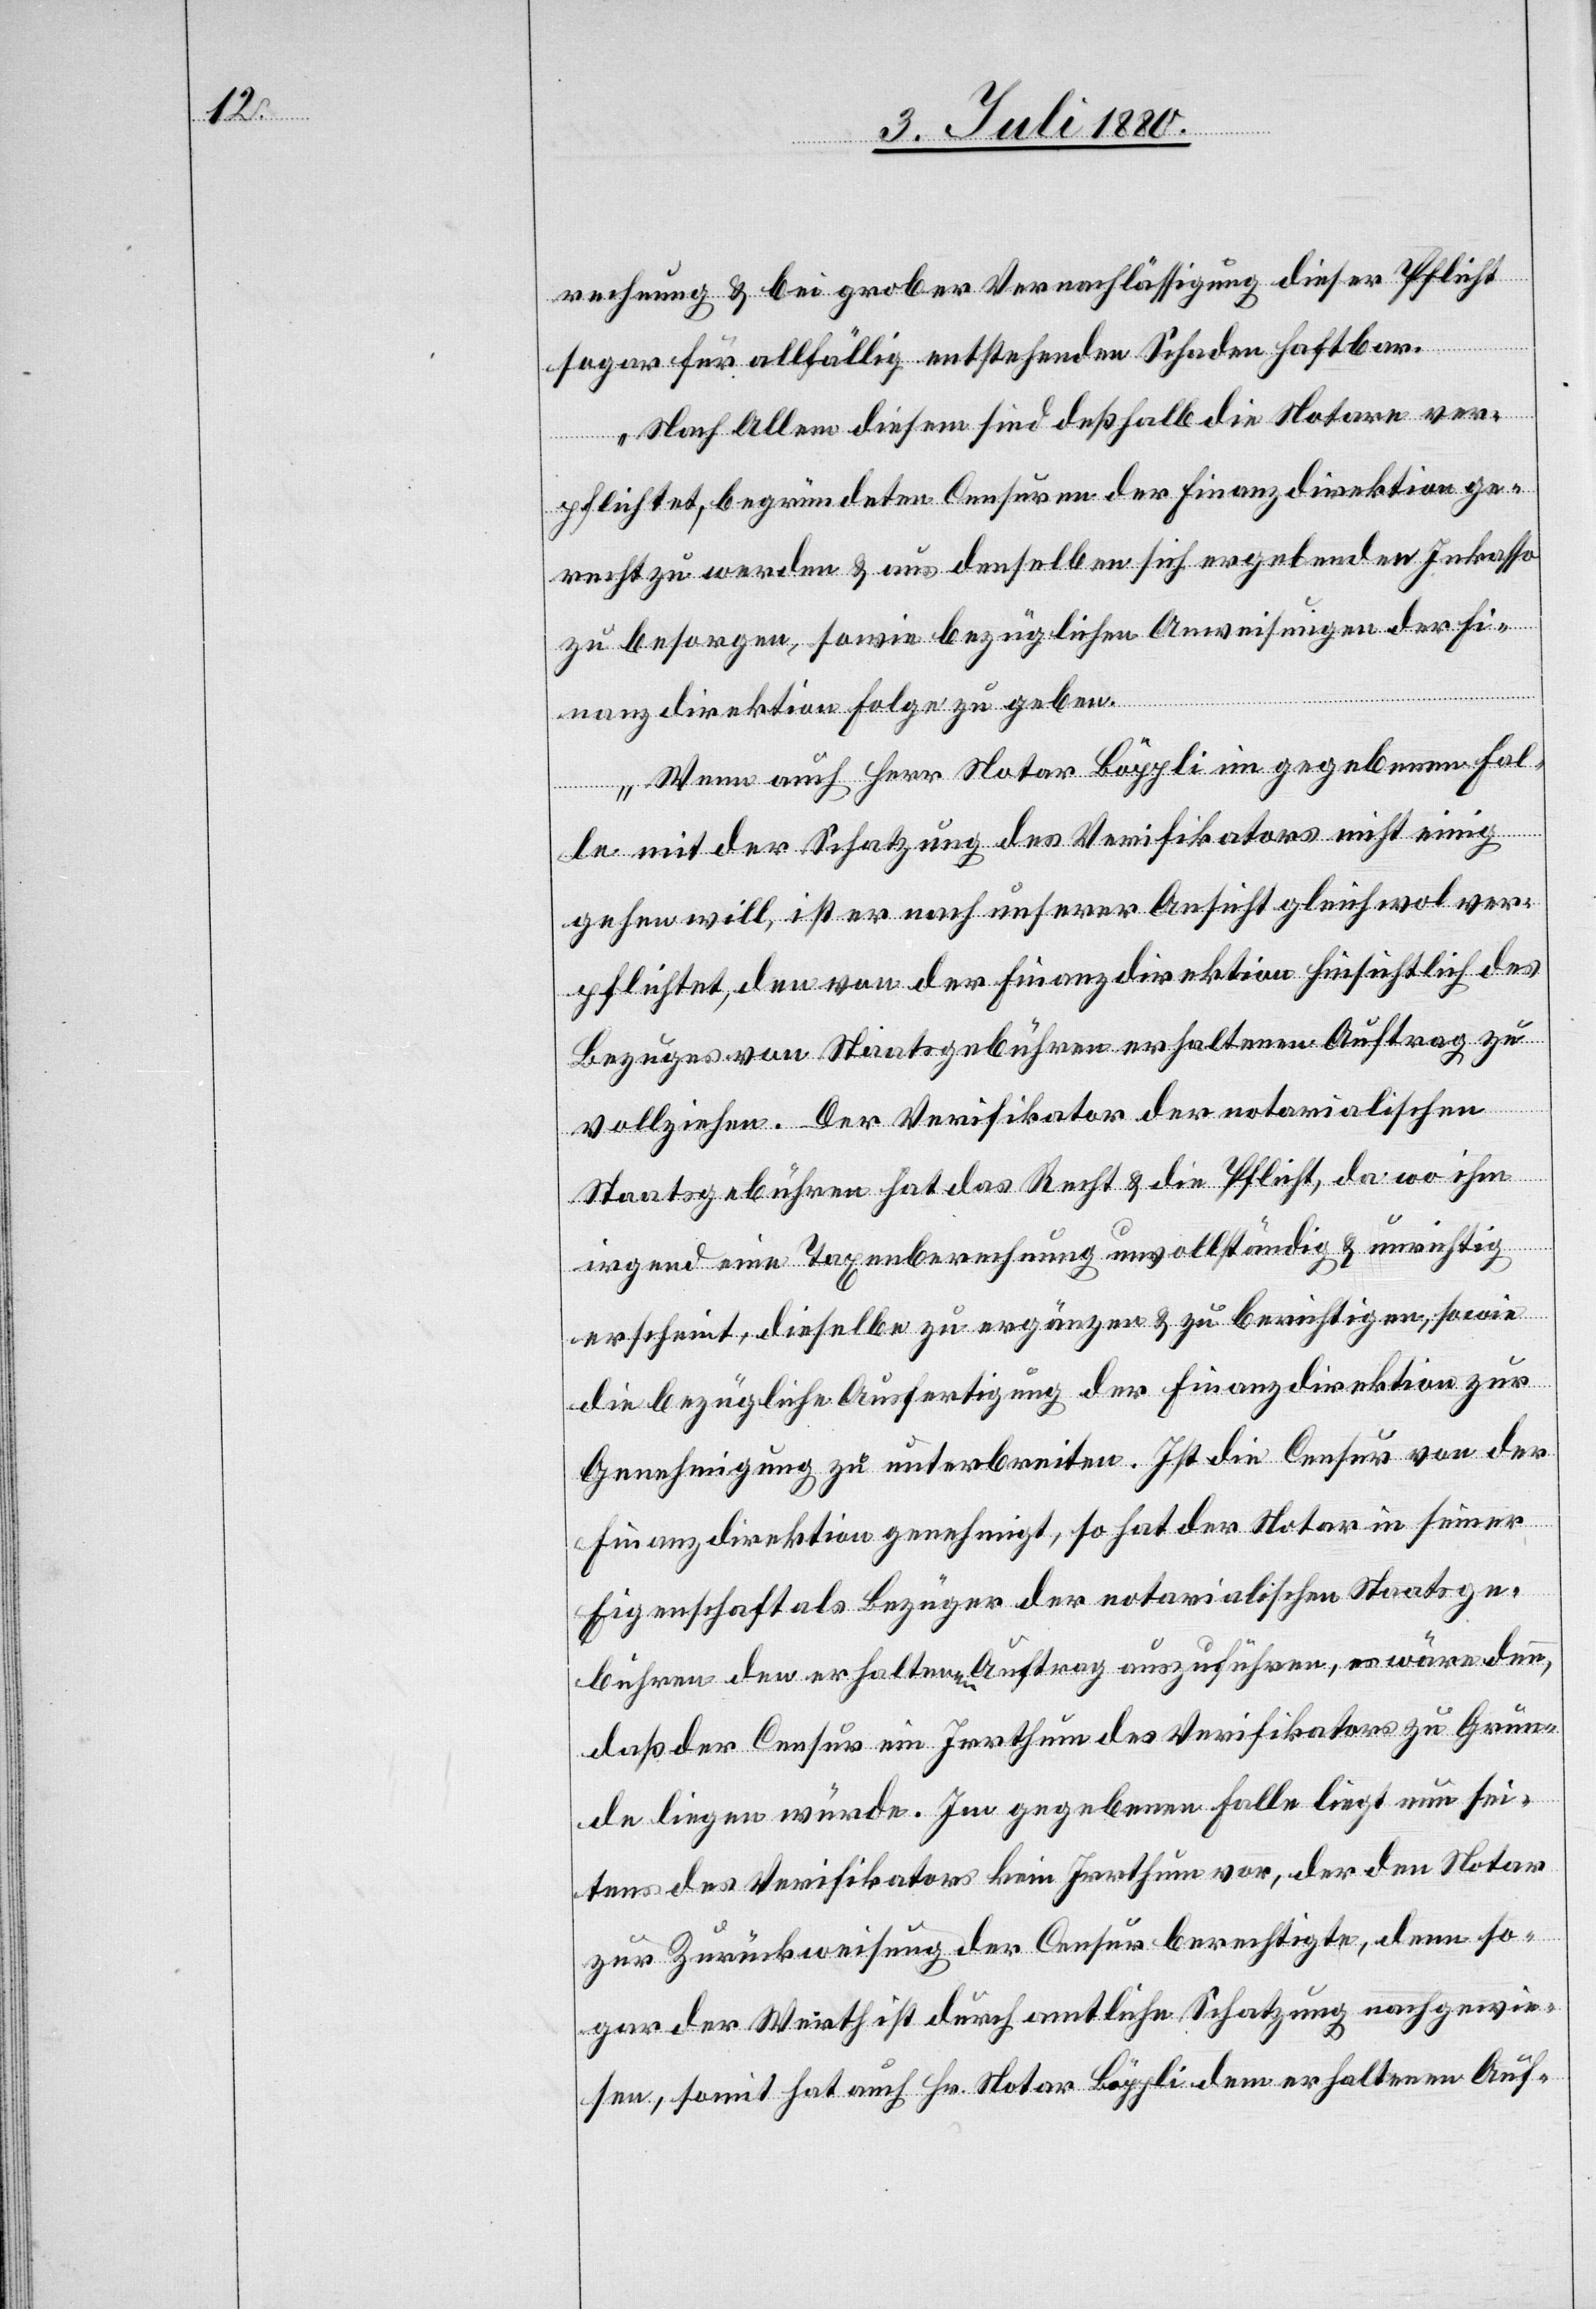
rechnung & bei grober Vernachlässigung dieser Pflicht
sogar für allfällig entstehenden Schaden haftbar.
Nach Allem diesem sind deshalb die Notare ver¬
pflichtet, begründeten Censuren der Finanzdirektion ge¬
recht zu werden & aus denselben sich ergebenden Inkasso
zu besorgen, sowie bezüglichen Anweisungen der Fi¬
nanzdirektion Folge zu geben.
Wenn auch Herr Notar Böppli im gegebenen Fal¬
le mit der Schatzung des Verifikators nicht einig
gehen will, ist er nach unserer Ansicht gleichwol ver¬
pflichtet, den von der Finanzdirektion hinsichtlich des
Bezuges von Staatsgebühren erhaltenen Auftrag zu
vollziehen. Der Verifikator der notarialischen
Staatsgebühren hat das Recht & die Pflicht, da wo ihm
irgendeine Taxenberechnung unvollständig & unrichtig
erscheint, dieselbe zu ergänzen & zu berichtigen, sowie
die bezügliche Ausfertigung der Finanzdirektion zu
Genehmigung zu unterbreiten. Ist die Censur von der
Finanzdirektion genehmigt, so hat der Notar in seiner
Eigenschaft als Bezüger der notarialischen Staatsge¬
bühren den erhaltenen Auftrag auszuführen, es wäre denn,
daß der Censur ein Irrthum des Verifikators zu Grun¬
de liegen würde. Im gegebenen Falle liegt nun sei¬
tens des Verifikators kein Irrthum vor, der den Notar
zur Zurückweisung der Censur berechtigte, denn so¬
gar der Werth ist durch amtliche Schatzung nachgewie¬
sen, somit hat auch Hr. Notar Böppli dem erhaltenen Auf-